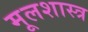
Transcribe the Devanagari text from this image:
मूलशास्त्र